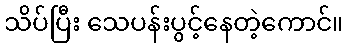
သိပ်ပြီး သေပန်းပွင့်နေတဲ့ကောင်။